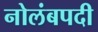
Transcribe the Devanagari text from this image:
नोलंबपदी